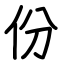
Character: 份